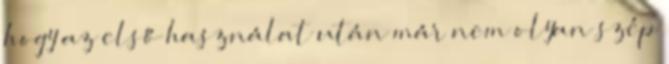
hogy az első használat után már nem olyan szép